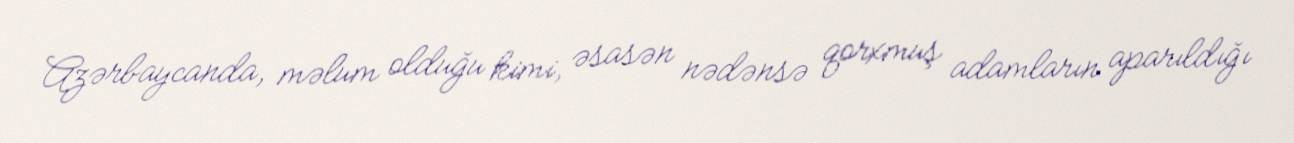
Azərbaycanda, məlum olduğu kimi, əsasən nədənsə qorxmuş adamların aparıldığı